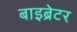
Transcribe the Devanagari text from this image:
बाइब्रेटर